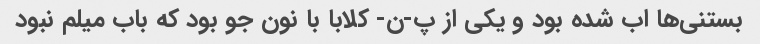
بستنى‌ها اب شده بود و یکى از پ-ن- کلابا با نون جو بود که باب میلم نبود